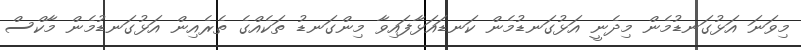
މިވަނަ އަޅުގަނޑުމެން މިދެނީ އަޅުގަނޑުމެން ކަނޑައަޅާފައިވާ މިންގަނޑު ތަކެއްގެ ތެރެއިން އަޅުގަނޑުމެން މާކްސް